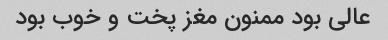
عالی بود ممنون مغز پخت و خوب بود